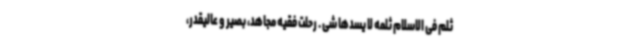
ثلم فی الاسلام ثلمه لا یسدها شی . رحلت فقیه مجاهد، بصیر و عالیقدر،